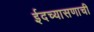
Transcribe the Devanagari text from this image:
ईदच्यासणाची